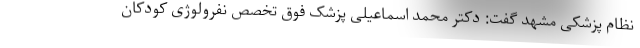
نظام پزشکی مشهد گفت: دکتر محمد اسماعیلی پزشک فوق تخصص نفرولوژی کودکان